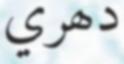
دھري